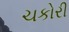
ચકોરી